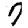
Digit: 7